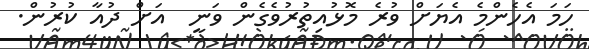
ހަމަ އެހެންމެ އެޔަށް ވުރެ މޮޅުއިތުރުވެގެން ވަނީ  އަށް ދުއާ ކުރުން.